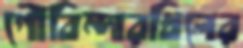
গৌবিন্দারখিলের